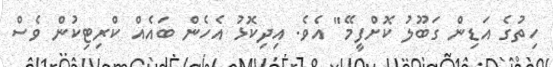
ހިތުގެ އަޑިން ގަބޫލު ކޮށްފީމޭ" އެވެ. އިދިކޮޅު އެހެން ބައެއް ކްރިޓިކުން ވެސް